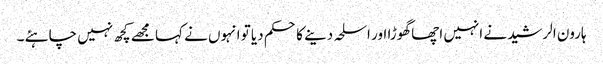
ہارون الرشید نے انہیں اچھا گھوڑا اور اسلحہ دینے کا حکم دیا تو انہوں نے کہا مجھے کچھ نہیں چاہئے ۔